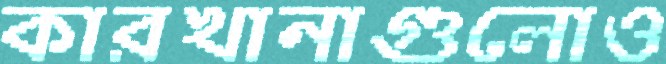
কারখানাগুলোও